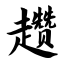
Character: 趱